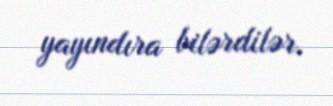
yayındıra bilərdilər.